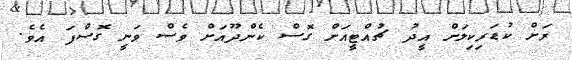
ރަށް ކުޑަރިކިލަށް އީދު ޗުއްޓީއަށް ގޮސް ކެންދޫއަށް ވެސް ވަނީ ގޮސްފަ އެވެ.